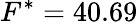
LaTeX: {F}^{*}=40.69